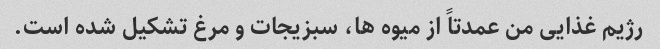
رژیم غذایی من عمدتاً از میوه ها، سبزیجات و مرغ تشکیل شده است.